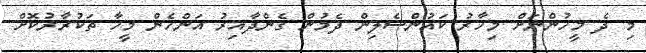
މި ދެ މީހުންނަށް މިހާރު ކައުންސެލިން ދެމުން ގެންދާއިރު އަންހެން މީހާ ތަކުރާރުކޮށް